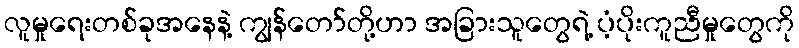
လူမှုရေးတစ်ခုအနေနဲ့ ကျွန်တော်တို့ဟာ အခြားသူတွေရဲ့ ပံ့ပိုးကူညီမှုတွေကို